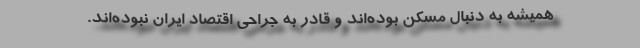
همیشه به دنبال مُسکّن بوده‌اند و قادر به جراحی اقتصاد ایران نبوده‌اند.